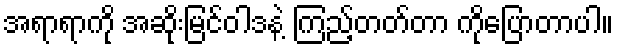
အရာရာကို အဆိုးမြင်ဝါဒနဲ့ ကြည့်တတ်တာ ကိုပြောတာပါ။